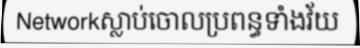
Networkស្លាប់ចោលប្រពន្ធទាំងវ័យ